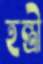
হন্ত্রী